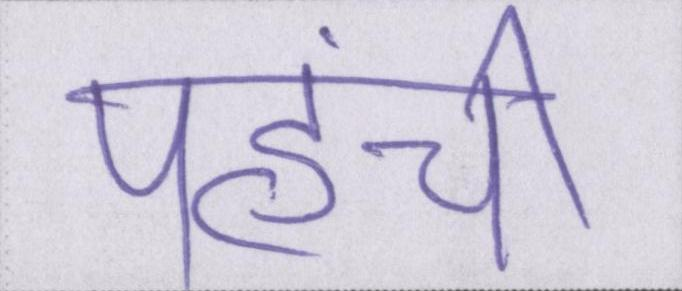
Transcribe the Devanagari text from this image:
पहुंची